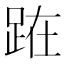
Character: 𨀬